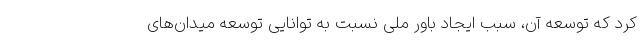
کرد که توسعه آن، سبب ایجاد باور ملی نسبت به توانایی توسعه میدان‌های